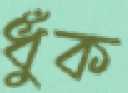
ধুঁক